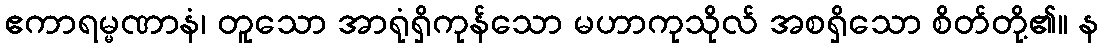
ဧကာရမ္မဏာနံ၊ တူသော အာရုံရှိကုန်သော မဟာကုသိုလ် အစရှိသော စိတ်တို့၏။ န